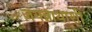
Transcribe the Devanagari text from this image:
जगन्नाथाशी